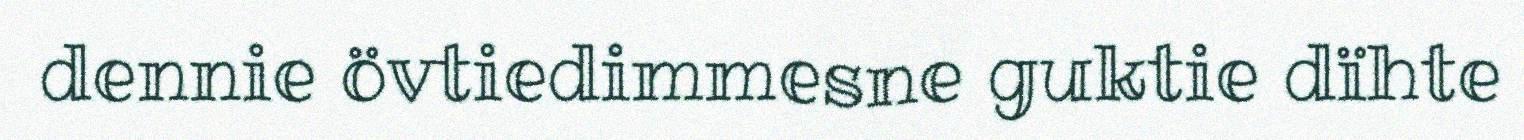
dennie övtiedimmesne guktie dïhte